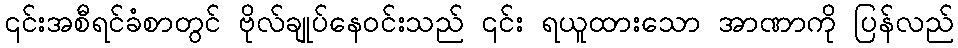
၎င်းအစီရင်ခံစာတွင် ဗိုလ်ချုပ်နေဝင်းသည် ၎င်း ရယူထားသော အာဏာကို ပြန်လည်